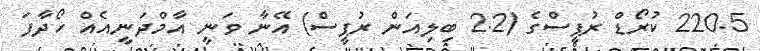
220.5 ކުރޯޑް ރުޕީސްގެ (2.2 ބިލިއަން ރުޕީސް) އޭނާ ވަނީ އާމްދަނީއެއް ހޯދާފަ